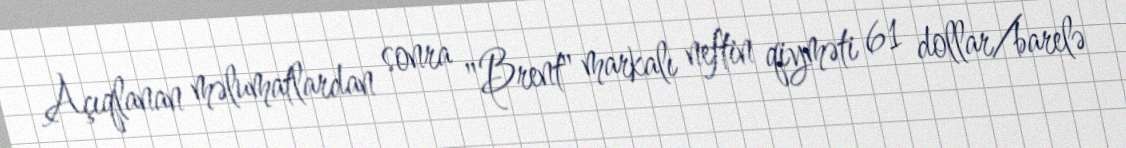
Açıqlanan məlumatlardan sonra "Brent" markalı neftin qiyməti 61 dollar/barelə